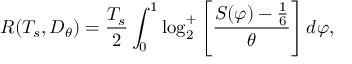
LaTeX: R ( T _ { s } , D _ { \theta } ) = { \frac { T _ { s } } { 2 } } \int _ { 0 } ^ { 1 } \log _ { 2 } ^ { + } \left[ { \frac { S ( \varphi ) - { \frac { 1 } { 6 } } } { \theta } } \right] d \varphi ,